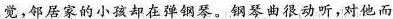
觉，邻居家的小孩却在弹钢琴。钢琴曲很动听，对他而